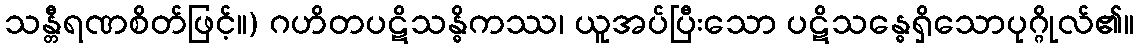
သန္တီရဏစိတ်ဖြင့်။) ဂဟိတပဋိသန္ဓိကဿ၊ ယူအပ်ပြီးသော ပဋိသန္ဓေရှိသောပုဂ္ဂိုလ်၏။